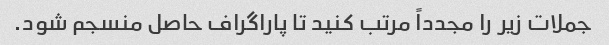
جملات زیر را مجدداً مرتب کنید تا پاراگراف حاصل منسجم شود.